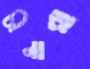
চীনারা